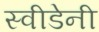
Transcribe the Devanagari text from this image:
स्वीडेनी